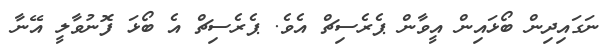
ނަގައިދިން ބޯޅައިން އީވާން ޕެރެސިޗް އެވެ. ޕެރެސިޗް އެ ބޯޅަ ފޮނުވާލީ އޭނާ